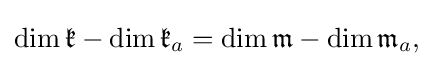
\displaystyle {\mathrm {dim} \,{\mathfrak {k}}-\mathrm {dim} \,{\mathfrak {k}}_{a}=\mathrm {dim} \,{\mathfrak {m}}-\mathrm {dim} \,{\mathfrak {m}}_{a},}